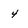
Character: 4